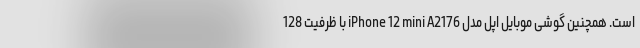
است. همچنین گوشی موبایل اپل مدل iPhone 12 mini A2176 با ظرفیت 128